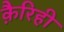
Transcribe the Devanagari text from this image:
क़ैरिही